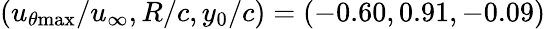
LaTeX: (u_{\theta\mathrm{{max}}}/u_{\infty},R/c,y_{0}/c)=(-0.60,0.91,-0.09)